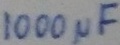
Text: 1000µF